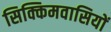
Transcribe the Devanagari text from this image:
सिक्किमवासियों